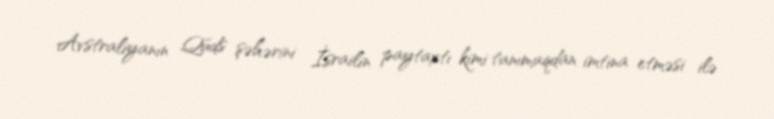
Avstraliyanın Qüds şəhərini İsrailin paytaxtı kimi tanımaqdan imtina etməsi ilə